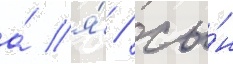
а́ я́ / сы́н